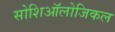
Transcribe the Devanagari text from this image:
सोशिऑलोजिकल